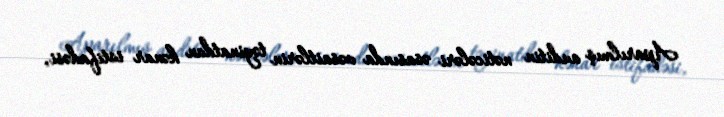
Aparılmış auditin nəticələri əsasında vəsaitlərin təyinatdan kənar istifadəsi,